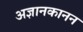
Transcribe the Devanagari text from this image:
अज्ञानकानन